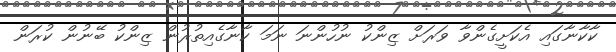
ކާކާނާގައި އެކަށީގެންވާ ވަރަށް ޒިންކު ނުހުންނަ ނަމަ ކާނާގެއިތުރުން ޒިންކު ބޭނުން ކުރަން